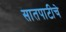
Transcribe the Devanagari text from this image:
सातपाटीचे